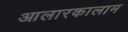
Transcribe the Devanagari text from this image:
आलारकालाम